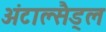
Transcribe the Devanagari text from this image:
अंटाल्सैड्ल